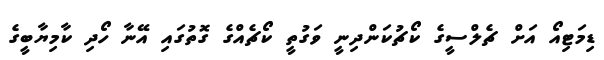
ޑިމަޓިއޯ އަށް ޗެލްސީގެ ކޯޗުކަންދިނީ ވަގުތީ ކޯޗެއްގެ ގޮތުގައި އޭނާ ހޯދި ކާމިޔާބީގެ